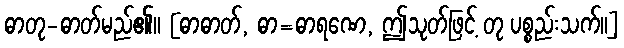
ဓာတု-ဓာတ်မည်၏။ [ဓာဓာတ်, ဓာ=ဓာရဏေ, ဤသုတ်ဖြင့် တု ပစ္စည်းသက်။]